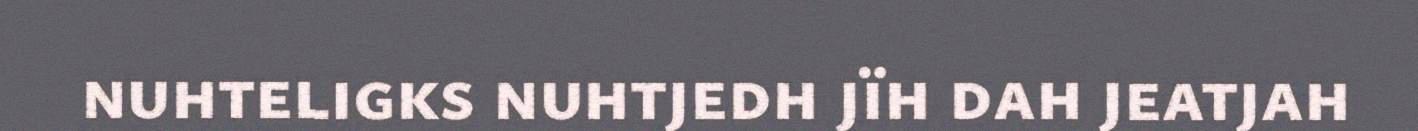
nuhteligks nuhtjedh jïh dah jeatjah